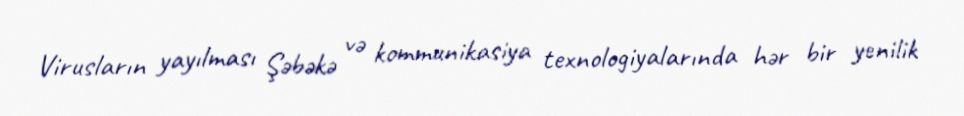
Virusların yayılması Şəbəkə və kommunikasiya texnologiyalarında hər bir yenilik